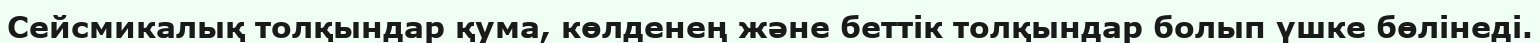
Сейсмикалық толқындар қума, көлденең және беттік толқындар болып үшке бөлінеді.